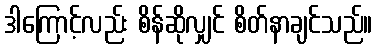
ဒါကြောင့်လည်း စိန်ဆိုလျှင် စိတ်နာချင်သည်။